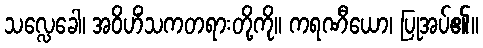
သလ္လေခေါ၊ အဝိဟိံသကတရားတို့ကို။ ကရဏီယော၊ ပြုအပ်၏။